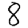
Digit: 8